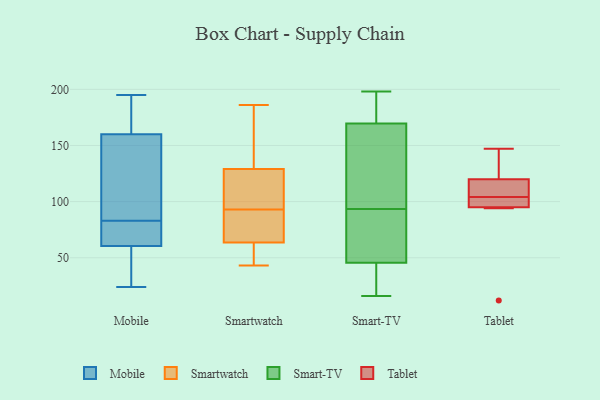
{"axis": {"x": "Inventory Turnover", "y": "Value"}, "legend": ["Mobile", "Smart-TV", "Smartwatch", "Tablet"], "data": [{"x": "", "y": 83, "type": "Mobile"}, {"x": "", "y": 65, "type": "Mobile"}, {"x": "", "y": 102, "type": "Mobile"}, {"x": "", "y": 83, "type": "Mobile"}, {"x": "", "y": 44, "type": "Mobile"}, {"x": "", "y": 112, "type": "Mobile"}, {"x": "", "y": 59, "type": "Mobile"}, {"x": "", "y": 82, "type": "Mobile"}, {"x": "", "y": 24, "type": "Mobile"}, {"x": "", "y": 75, "type": "Mobile"}, {"x": "", "y": 49, "type": "Mobile"}, {"x": "", "y": 98, "type": "Mobile"}, {"x": "", "y": 130, "type": "Mobile"}, {"x": "", "y": 194, "type": "Mobile"}, {"x": "", "y": 183, "type": "Mobile"}, {"x": "", "y": 45, "type": "Mobile"}, {"x": "", "y": 170, "type": "Mobile"}, {"x": "", "y": 195, "type": "Mobile"}, {"x": "", "y": 186, "type": "Mobile"}, {"x": "", "y": 43, "type": "Smartwatch"}, {"x": "", "y": 92, "type": "Smartwatch"}, {"x": "", "y": 128, "type": "Smartwatch"}, {"x": "", "y": 112, "type": "Smartwatch"}, {"x": "", "y": 154, "type": "Smartwatch"}, {"x": "", "y": 82, "type": "Smartwatch"}, {"x": "", "y": 58, "type": "Smartwatch"}, {"x": "", "y": 94, "type": "Smartwatch"}, {"x": "", "y": 45, "type": "Smartwatch"}, {"x": "", "y": 186, "type": "Smartwatch"}, {"x": "", "y": 69, "type": "Smartwatch"}, {"x": "", "y": 130, "type": "Smartwatch"}, {"x": "", "y": 198, "type": "Smart-TV"}, {"x": "", "y": 88, "type": "Smart-TV"}, {"x": "", "y": 190, "type": "Smart-TV"}, {"x": "", "y": 49, "type": "Smart-TV"}, {"x": "", "y": 53, "type": "Smart-TV"}, {"x": "", "y": 26, "type": "Smart-TV"}, {"x": "", "y": 33, "type": "Smart-TV"}, {"x": "", "y": 152, "type": "Smart-TV"}, {"x": "", "y": 75, "type": "Smart-TV"}, {"x": "", "y": 187, "type": "Smart-TV"}, {"x": "", "y": 122, "type": "Smart-TV"}, {"x": "", "y": 39, "type": "Smart-TV"}, {"x": "", "y": 157, "type": "Smart-TV"}, {"x": "", "y": 99, "type": "Smart-TV"}, {"x": "", "y": 42, "type": "Smart-TV"}, {"x": "", "y": 131, "type": "Smart-TV"}, {"x": "", "y": 195, "type": "Smart-TV"}, {"x": "", "y": 16, "type": "Smart-TV"}, {"x": "", "y": 182, "type": "Smart-TV"}, {"x": "", "y": 66, "type": "Smart-TV"}, {"x": "", "y": 124, "type": "Tablet"}, {"x": "", "y": 147, "type": "Tablet"}, {"x": "", "y": 120, "type": "Tablet"}, {"x": "", "y": 115, "type": "Tablet"}, {"x": "", "y": 102, "type": "Tablet"}, {"x": "", "y": 96, "type": "Tablet"}, {"x": "", "y": 106, "type": "Tablet"}, {"x": "", "y": 95, "type": "Tablet"}, {"x": "", "y": 94, "type": "Tablet"}, {"x": "", "y": 12, "type": "Tablet"}]}